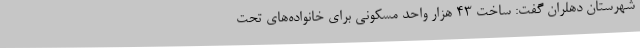
شهرستان دهلران گفت: ساخت 43 هزار واحد مسکونی برای خانواده‌های تحت